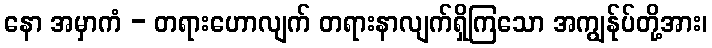
နော အမှာကံ - တရားဟောလျက် တရားနာလျက်ရှိကြသော အကျွန်ုပ်တို့အား၊